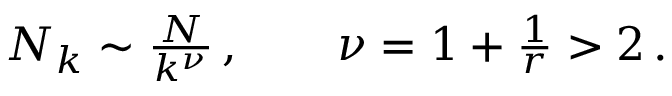
\begin{array} { r } { N _ { k } \sim \frac { N } { k ^ { \nu } } \, , \qquad \nu = 1 + \frac { 1 } { r } > 2 \, . } \end{array}